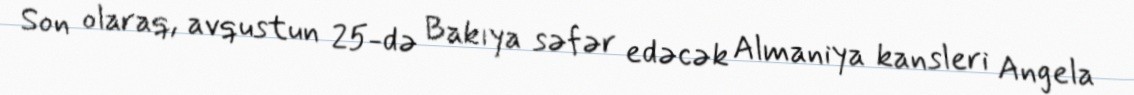
Son olaraq, avqustun 25-də Bakıya səfər edəcək Almaniya kansleri Angela